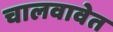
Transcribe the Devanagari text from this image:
चालवावेत